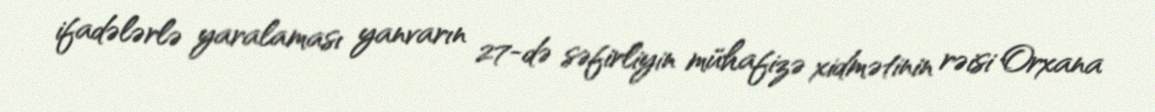
ifadələrlə yaralaması yanvarın 27-də səfirliyin mühafizə xidmətinin rəisi Orxana